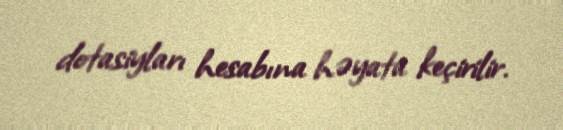
dotasiyları hesabına həyata keçirilir.